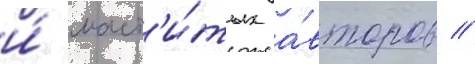
и́ маст'и́тых а́второв //